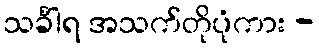
သင်္ခါရ အသက်တိုပုံကား -